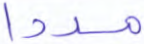
مددا